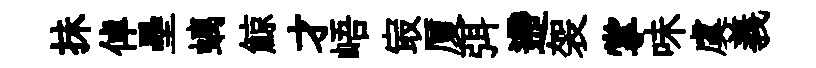
抺倬壘螭鯨才峿㝡厦弭遰袈掌味虞義